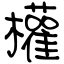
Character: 權